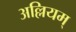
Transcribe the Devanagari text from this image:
अल्लियम्